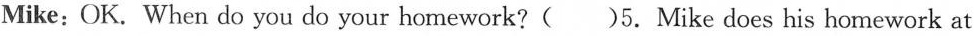
Mike: OK. When do you do your homework?( )5. Mike does his homework at